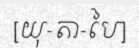
[យុ-តា-បៃ]